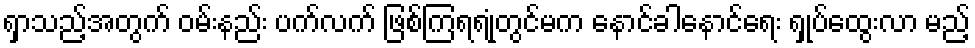
ရှာသည့်အတွက် ဝမ်းနည်း ပက်လက် ဖြစ်ကြရရုံတွင်မက နောင်ခါနောင်ရေး ရှုပ်ထွေးလာ မည့်